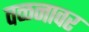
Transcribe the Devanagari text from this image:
वळनावर